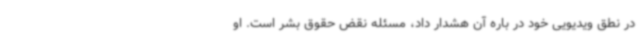
در نطق ویدیویی خود در باره آن هشدار داد، مسئله نقض حقوق بشر است. او